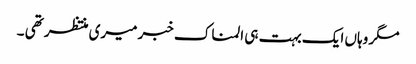
مگر وہاں ایک بہت ہی المناک خبر میری منتظر تھی ۔